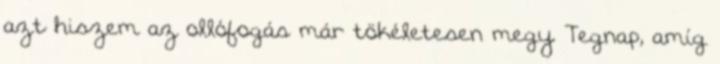
azt hiszem az ollófogás már tökéletesen megy. Tegnap, amíg